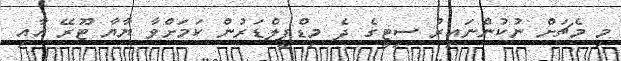
މި މެޗަށް ނުކުންނައިރު ސިޓީގެ ދެ މިޑްފީލްޑަރުން ކަމަށްވާ ޔާޔާ ޓޫރޭ އާއި